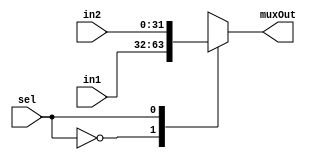
module mux2to1_32bit(input [31:0] in1, input [31:0] in2, input sel, output reg [31:0] muxOut );
  always @ ( in1 or in2 or sel )
  begin
    case ( sel )
      1'b0: muxOut = in1;
      1'b1: muxOut = in2;
    endcase
  end
endmodule

module mux2to1_5bit(input [4:0] in1, input [4:0] in2, input sel, output reg [4:0] muxOut );
  always @ ( in1 or in2 or sel )
  begin
    case ( sel )
      1'b0: muxOut = in1;
      1'b1: muxOut = in2;
    endcase
  end
endmodule

module mux2to1_2bit(input [1:0] in1, input [1:0] in2, input sel, output reg [1:0] muxOut );
  always @ ( in1 or in2 or sel )
  begin
    case ( sel )
      1'b0: muxOut = in1;
      1'b1: muxOut = in2;
    endcase
  end
endmodule

module mux2to1_1bit(input in1, input in2, input sel, output reg muxOut );
  always @ ( in1 or in2 or sel )
  begin
    case ( sel )
      1'b0: muxOut = in1;
      1'b1: muxOut = in2;
    endcase
  end
endmodule

module mux4to1_32bit(input [31:0] in1, input [31:0] in2, input [31:0] in3, input [31:0] in4, input [1:0] sel, output reg [31:0] muxOut );
  always @ ( in1 or in2 or in3 or in4 or sel )
  begin
    case ( sel )
      2'b00: muxOut = in1;
      2'b01: muxOut = in2;
      2'b10: muxOut = in3; 
      2'b11: muxOut = in4;
    endcase
  end
endmodule

module mux8to1_32bit (input [31:0] in1, input [31:0] in2, input [31:0] in3, input [31:0] in4, input [31:0] in5, input [31:0] in6, input [31:0] in7, input [31:0] in8,
        input [2:0] sel, output reg [31:0] muxOut);
    
        always @ ( in1 or in2 or in3 or in4 or in5 or in6 or in7 or in8 or sel )
        begin
            case (sel)
                3'b000:     muxOut = in1;
                3'b001:     muxOut = in2;
                3'b010:     muxOut = in3;
                3'b011:     muxOut = in4;
                3'b100:     muxOut = in5;
                3'b101:     muxOut = in6;
                3'b110:     muxOut = in7;
                3'b111:     muxOut = in8;
            endcase
        end
    
    endmodule // mux8to1_32bits ends

module ALU(input signed [31:0] aluIn1, input signed [31:0] aluIn2, input [1:0] aluOp, output reg signed [31:0] aluOut, output reg negFlag); //Output reg aluOut should be signed??
	always@(aluIn1 or aluIn2 or aluOp)
	begin
		case(aluOp)
			2'd0: aluOut = aluIn1 + aluIn2;
			2'd1: aluOut = aluIn1 - aluIn2;
			2'd2: aluOut = aluIn1 >>> aluIn2;
			2'd3: aluOut = 32'd0;
		endcase
		if(aluIn1<aluIn2)
			negFlag=1'b1;
		else
			negFlag=1'b0;
	end
endmodule

module adder(input [31:0] in1, input [31:0] in2, output reg [31:0] adder_out);
	always@(in1 or in2)
	begin
		adder_out = in1 + in2;
	end
endmodule

module comparator_neg(input signed [31:0] in1, input signed [31:0] in2, output reg comparatorOut);
	always@(in1 or in2)
	begin
		if(in1<in2)
			comparatorOut=1'b1;
		else
			comparatorOut=1'b0;
	end	
endmodule

module signExt12to32(input [11:0] in, output reg [31:0] signExtin);
	always@(in)
		signExtin={{20{in[11]}},in};
endmodule

module signExt13to32(input [12:0] in, output reg [31:0] signExtin);
	always@(in)
		signExtin={{19{in[12]}},in};
endmodule

module zeroExt5to32(input [4:0] in, output reg [31:0] zeroExtin);
	always@(in)
		zeroExtin={27'b0,in};
endmodule